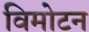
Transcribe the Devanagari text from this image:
विमोटन